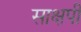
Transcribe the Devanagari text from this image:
साक्षपी